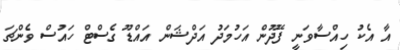
އާ އެކު ހިއްސާވަނީ ފޭދޫން އަހުމަދު އަދްޝަން އައްޑޫ ގެސްޓް ހައުސް ވެންޗަ